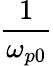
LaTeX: \frac{1}{\omega_{p0}}